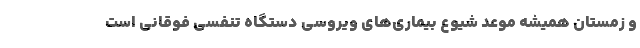
و زمستان همیشه موعد شیوع بیماری‌های ویروسی دستگاه تنفسی فوقانی است